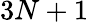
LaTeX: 3N+1